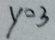
y = 3